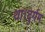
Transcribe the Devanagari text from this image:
था।दुर्गम